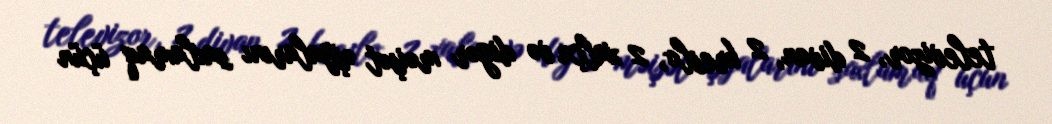
televizor, 2 divan, 2 kreslo, 2 xalça və digər məişət əşyalarını saxlamaq üçün